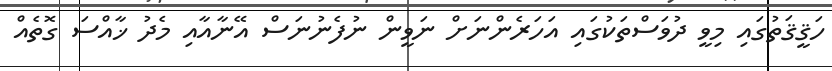
ހަޤީޤަތުގައި މިވީ ދުވަސްތަކުގައި އަހަރެންނަށް ނަވީން ނުފެނުނަސް އޭނާއާއި މެދު ޚާއްސަ ގޮތެއް